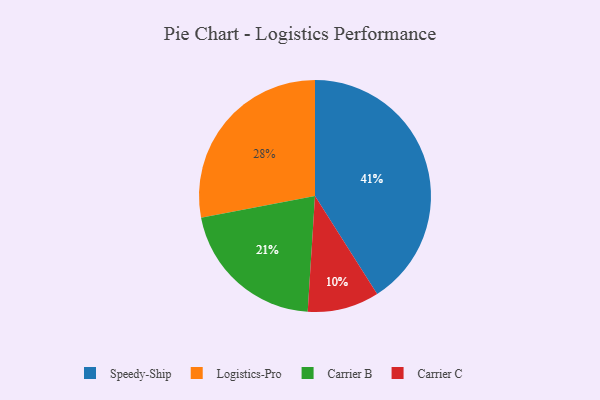
{"axis": {"x": "Category", "y": "Percentage"}, "legend": ["Carrier B", "Carrier C", "Logistics-Pro", "Speedy-Ship"], "data": [{"x": "Speedy-Ship", "y": 41, "type": "Speedy-Ship"}, {"x": "Carrier B", "y": 21, "type": "Carrier B"}, {"x": "Carrier C", "y": 10, "type": "Carrier C"}, {"x": "Logistics-Pro", "y": 28, "type": "Logistics-Pro"}]}